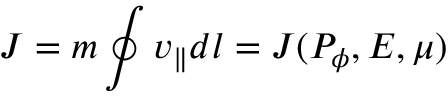
J = m \oint v _ { \parallel } d l = J ( P _ { \phi } , { \cal E } , \mu )